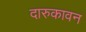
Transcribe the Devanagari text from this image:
दारुकावन